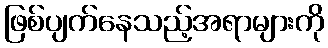
ဖြစ်ပျက်နေသည့်အရာများကို